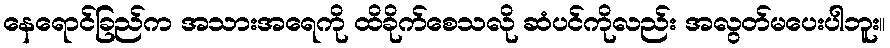
နေရောင်ခြည်က အသားအရေကို ထိခိုက်စေသလို ဆံပင်ကိုလည်း အလွတ်မပေးပါဘူး။